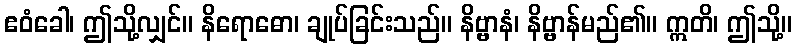
ဧဝံခေါ၊ ဤသို့လျှင်။ နိရောဓော၊ ချုပ်ခြင်းသည်။ နိဗ္ဗာနံ၊ နိဗ္ဗာန်မည်၏။ ဣတိ၊ ဤသို့။